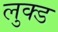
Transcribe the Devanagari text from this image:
लुक्ड